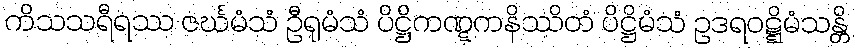
ကိသသရီရဿ ဇင်္ဃမံသံ ဦရုမံသံ ပိဋ္ဌိကဏ္ဋကနိဿိတံ ပိဋ္ဌိမံသံ ဥဒရဝဋ္ဋိမံသန္တိ